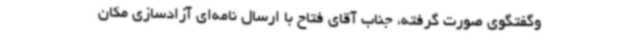
وگفتگوی صورت گرفته، جناب آقای فتاح با ارسال نامه‌ای آزادسازی مکان